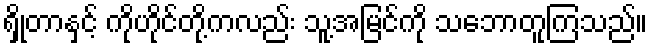
ရှိုတာနှင့် ကိုဟိုင်တို့ကလည်း သူ့အမြင်ကို သဘောတူကြသည်။